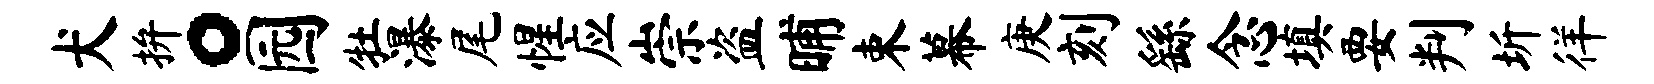
犬拚。园牡瀑尾惺应崇盗晡束幕庚刻繇念填要判圻徉